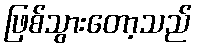
ဖြစ်သွားတော့သည်